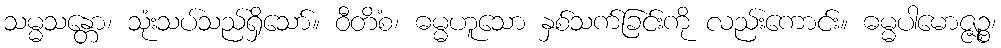
သမ္မသန္တော၊ သုံးသပ်သည်ရှိသော်။ ဝီတိံစ၊ ဓမ္မဟူသော နှစ်သက်ခြင်းကို လည်းကောင်း။ ဓမ္မပါမောဇ္ဇဉ္စ၊